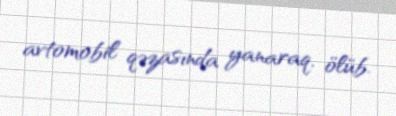
avtomobil qəzasında yanaraq, ölüb.